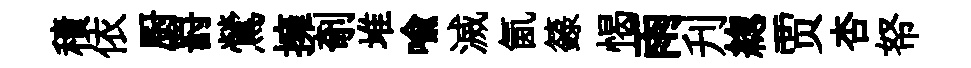
積依厨罸鶯擁剞堆喩滅氤籙愒雨刋緫贾杏帑